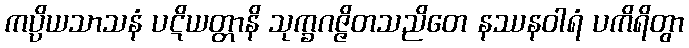
ကပ္ပိယသာသနံ ပဋိယတ္တာနိ သုက္ခဂဇ္ဇိတသညိတေ နဿနဝါရံ ပကိရိတွာ